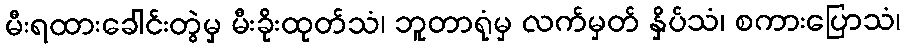
မီးရထားခေါင်းတွဲမှ မီးခိုးထုတ်သံ၊ ဘူတာရုံမှ လက်မှတ် နှိပ်သံ၊ စကားပြောသံ၊